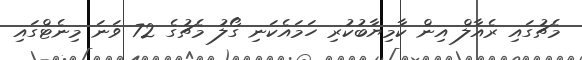
މެޗުގައި ރެއާލް އިން ކާމިޔާބުކުރި ހަމައެކަނި ގޯލު މެޗުގެ 72 ވަނަ މިނެޓްގައި